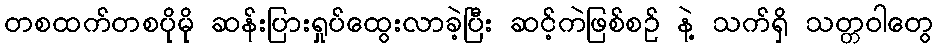
တစထက်တစပိုမို ဆန်းပြားရှုပ်ထွေးလာခဲ့ပြီး ဆင့်ကဲဖြစ်စဉ် နဲ့ သက်ရှိ သတ္တဝါတွေ